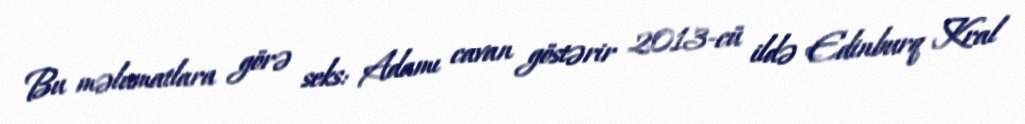
Bu məlumatlara görə seks: Adamı cavan göstərir 2013-cü ildə Edinburq Kral